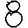
Digit: 8